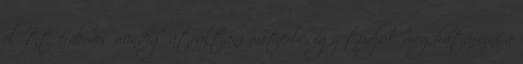
előtt érdemes mindig átváltani méterbe, így tudjuk meghatározni a